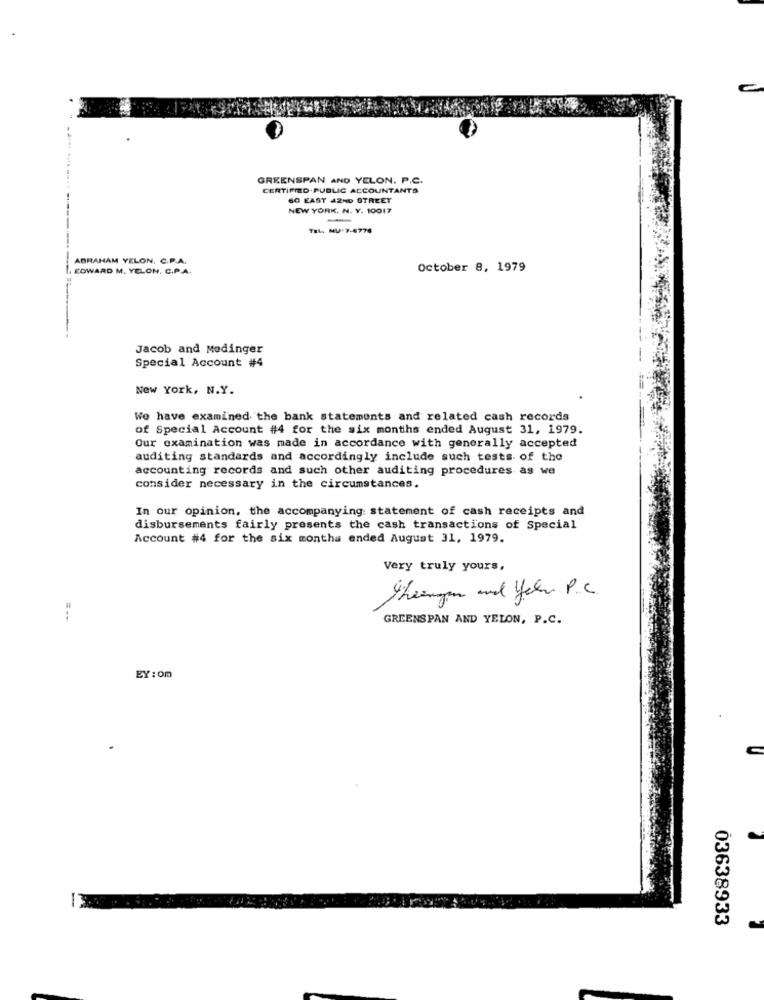
GREENSPAN AND YELON. P.C.
CERTIFIED PUBLIC ACCOUNTANTS
SO EASY 42ND STREET
NEW YORK. N. Y. 10017
-
TEL, MU-7-6778
---
ABRAHAM YELON. C.P.A.
. EDWARD M. YELON. C.P.A.
October 8, 1979
Jacob and Medinger
Special Account #4
New York, N.Y.
We have examined the bank statements and related cash records
of Special Account #4 for the six months ended August 31, 1979.
Our examination was made in accordance with generally accepted
auditing standards and accordingly include such tests of the
accounting records and such other auditing procedures as we
consider necessary in the circumstances.
In our opinion, the accompanying statement of cash receipts and
disbursements fairly presents the cash transactions of Special
Account #4 for the six months ended August 31, 1979.
Very truly yours,
theingen and Yel P.C.
GREENSPAN AND YELON, P.C.
EY: om
03638933